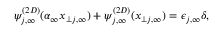
\psi _ { j , \infty } ^ { ( 2 D ) } ( \alpha _ { \infty } x _ { \perp j , \infty } ) + \psi _ { j , \infty } ^ { ( 2 D ) } ( x _ { \perp j , \infty } ) = \epsilon _ { j , \infty } \delta ,